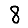
Digit: 8